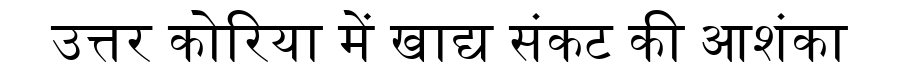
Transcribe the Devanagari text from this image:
उत्तर कोरिया में खाद्य संकट की आशंका